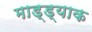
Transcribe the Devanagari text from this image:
माड्ड्याक